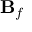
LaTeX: \mathbf { B } _ { f }